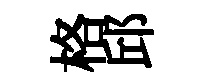
格邱